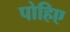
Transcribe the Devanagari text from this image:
पोहिए